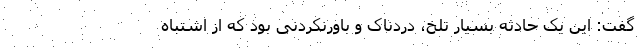
گفت: این یک حادثه بسیار تلخ، دردناک و باورنکردنی بود که از اشتباه